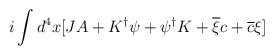
\begin{align*}i\int d^{4}x[JA+K^{\dagger }\psi +\psi ^{\dagger }K+\overline{\xi }c+\overline{c}\xi ]\end{align*}